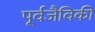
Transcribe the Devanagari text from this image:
पूर्वजैविकी